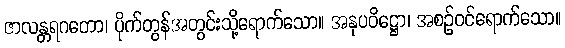
ဇာလန္တရဂတော၊ ပိုက်တွန်အတွင်းသို့ရောက်သော။ အနုပဝိဋ္ဌော၊ အစဉ်ဝင်ရောက်သော။